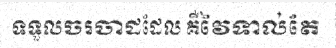
ទទួលចរចាដដែល គឺវៃទាល់តែ